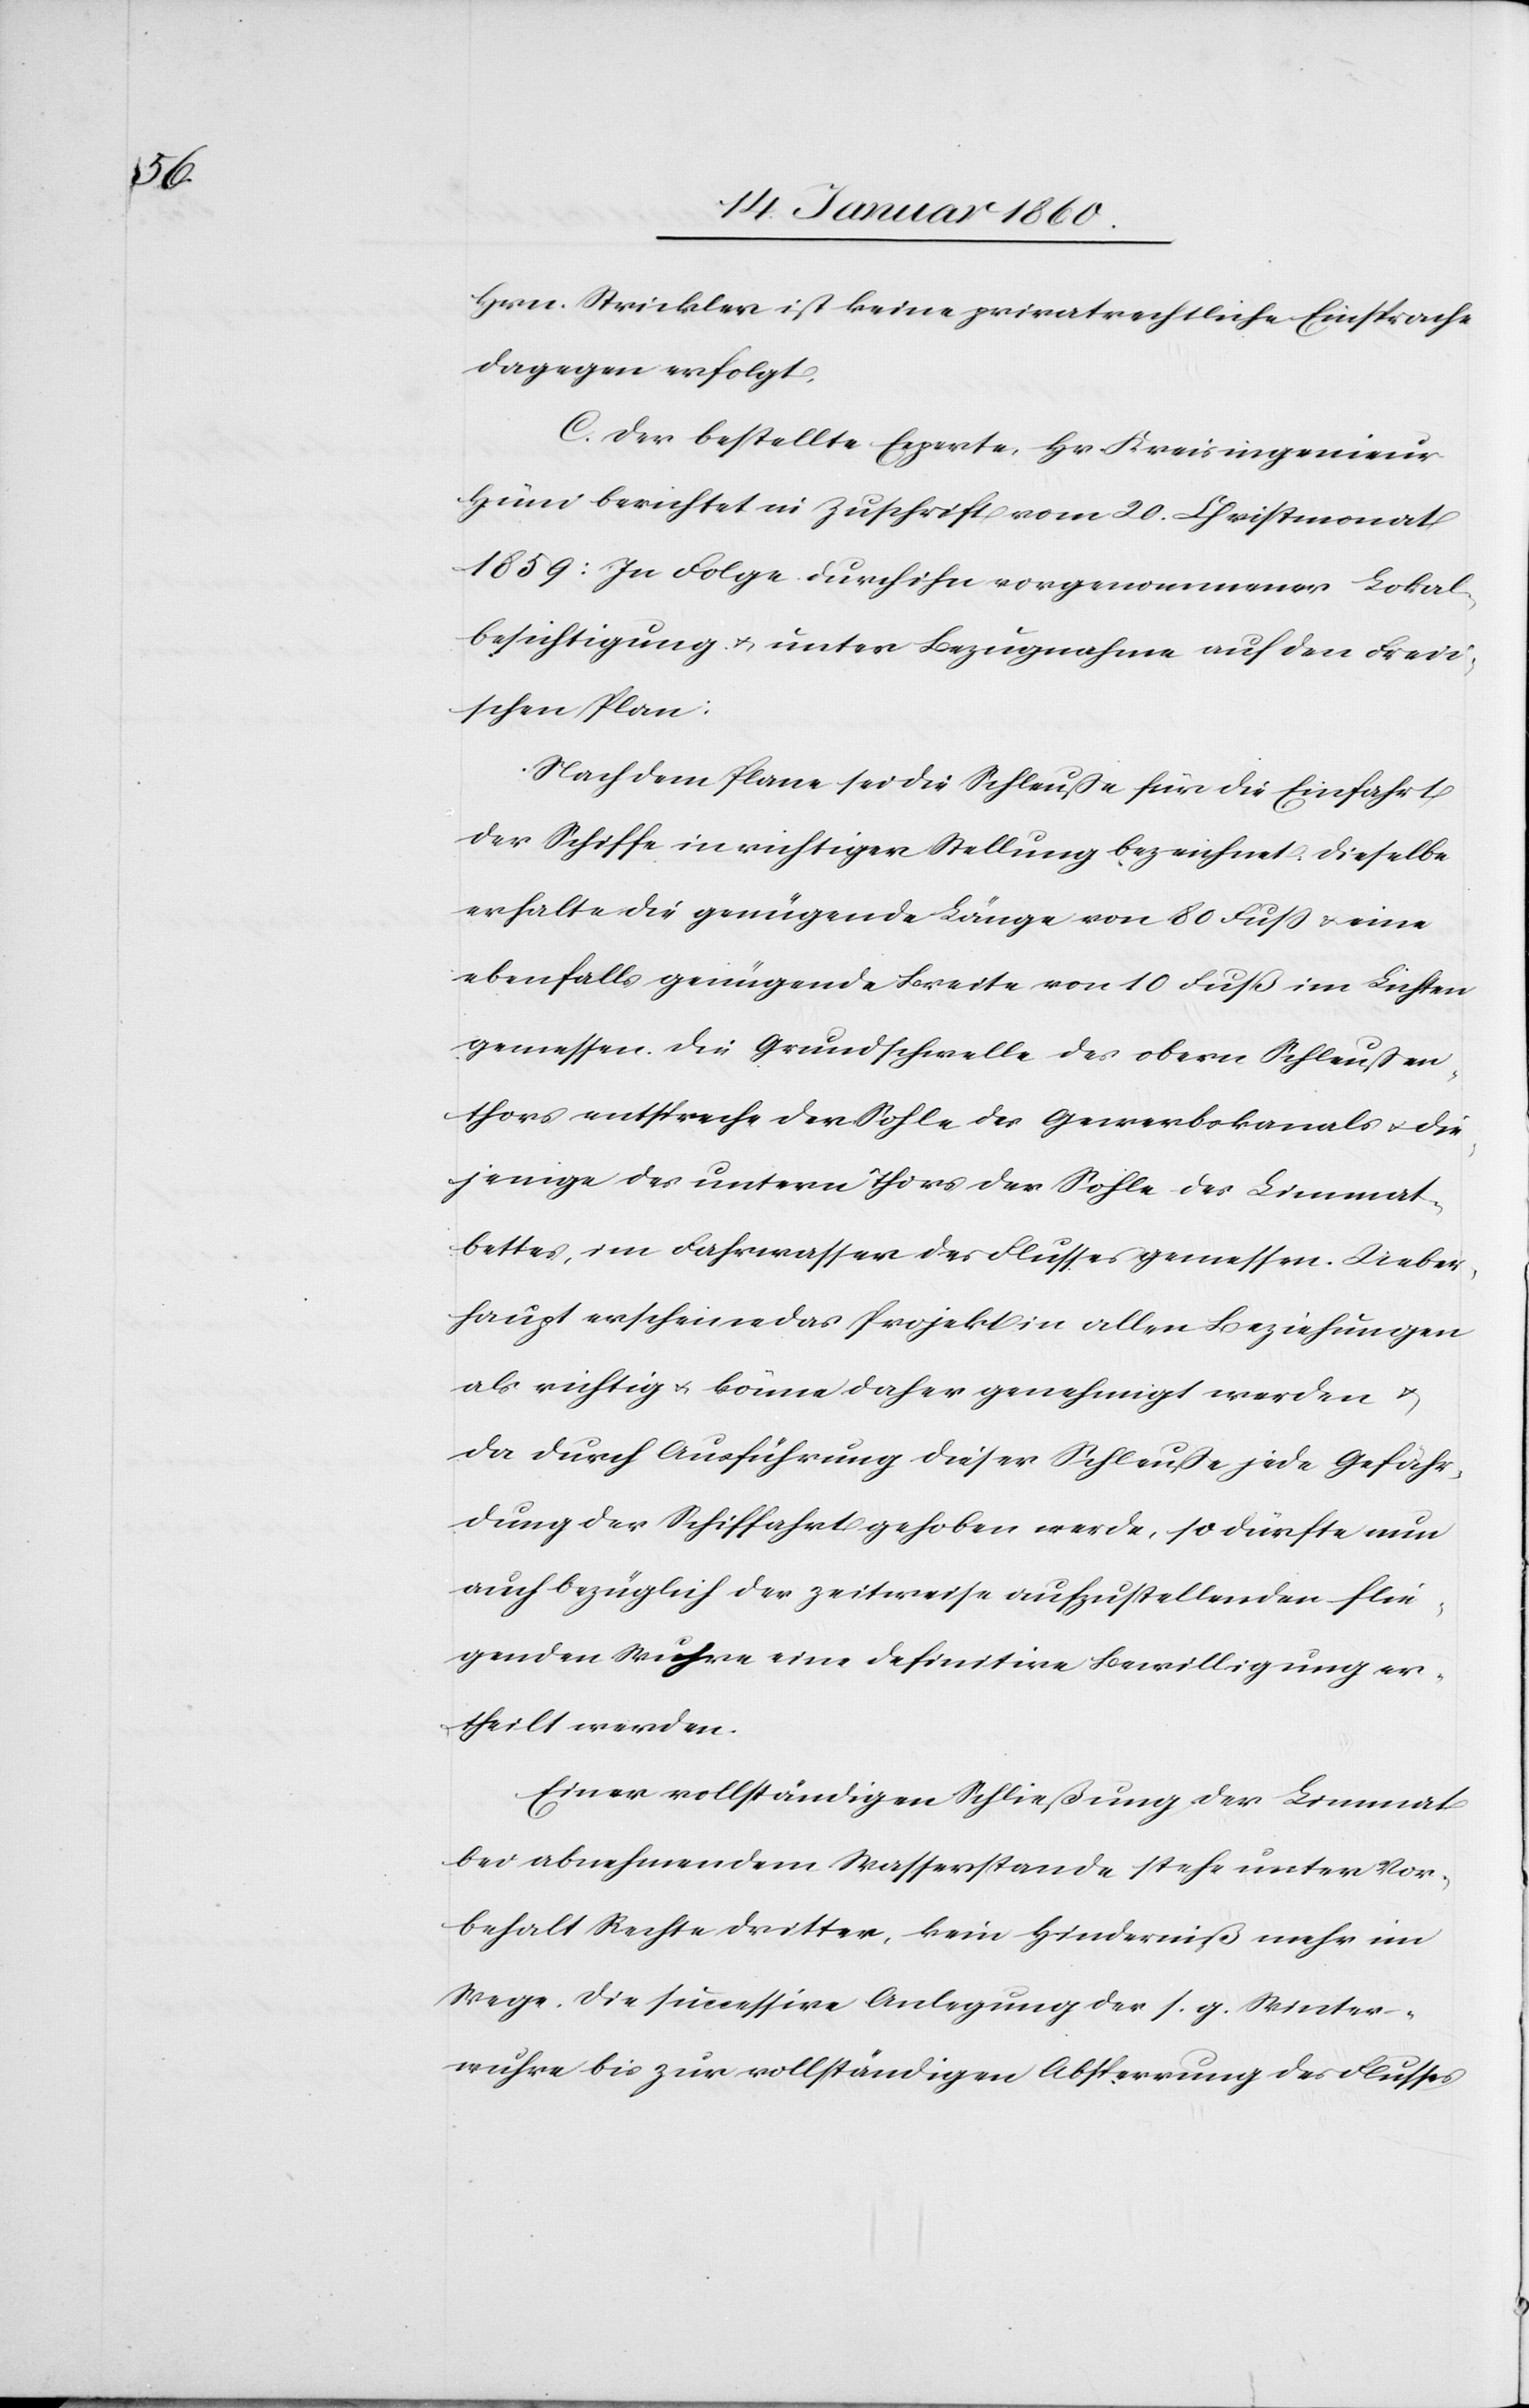
Hrn. Strickler ist keine privatrechtliche Einsprache
dagegen erfolgt.
C. Der bestellte Experte, Hr. Kreisingenieur
Hüni berichtet in Zuschrift vom 20. Christmonat
1859: In Folge durch ihn vorgenommener Lokal¬
besichtigung u. unter Bezugnahme auf den Freii¬
schen Plan:
Nach dem Plane sei die Schleuße für die Einfahrt
der Schiffe in richtiger Stellung bezeichnet. Dieselbe
erhalte die genügende Länge von 80. Fuß u. eine
ebenfalls genügende Breite von 10. Fuß im Lichten
gemessen. Die Grundschwelle des obern Schleussen¬
thors entspreche der Sohle des Gewerbekanals u. die¬
jenige des untern Thors der Sohle des Limmat¬
bettes, im Fahrwasser des Flusses gemessen. Ueber¬
haupt erscheine das Projekt in allen Beziehungen
als richtig u. könne daher genehmigt werden
da durch Ausführung dieser Schleusse jede Gefähr¬
dung der Schiffahrt gehoben werde, so dürfte nun
auch bezüglich der zeitweise aufzustellenden flie¬
genden Wuhre eine definitive Bewilligung er¬
theilt werden.
Einer vollständigen Schließung der Limmat
bei abnehmendem Wasserstande stehe unter Vor¬
behalt Rechte dritter, kein Hinderniß mehr im
Wege, die successive Anlegung der s. g. Winter¬
wuhre bis zur vollständigen Absperrung des Flusses